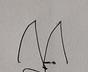
Signature authenticity: genuine